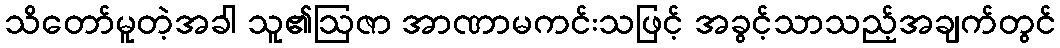
သိတော်မူတဲ့အခါ သူ၏ဩဇာ အာဏာမကင်းသဖြင့် အခွင့်သာသည့်အချက်တွင်